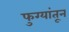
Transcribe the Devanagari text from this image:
फुग्यांतून